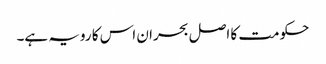
حکومت کا اصل بحران اس کا رویہ ہے۔